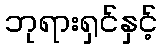
ဘုရားရှင်နှင့်